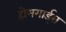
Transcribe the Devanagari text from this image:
होमगार्ड्‌स